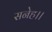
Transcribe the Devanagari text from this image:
सनेह।।